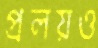
প্রলয়ও